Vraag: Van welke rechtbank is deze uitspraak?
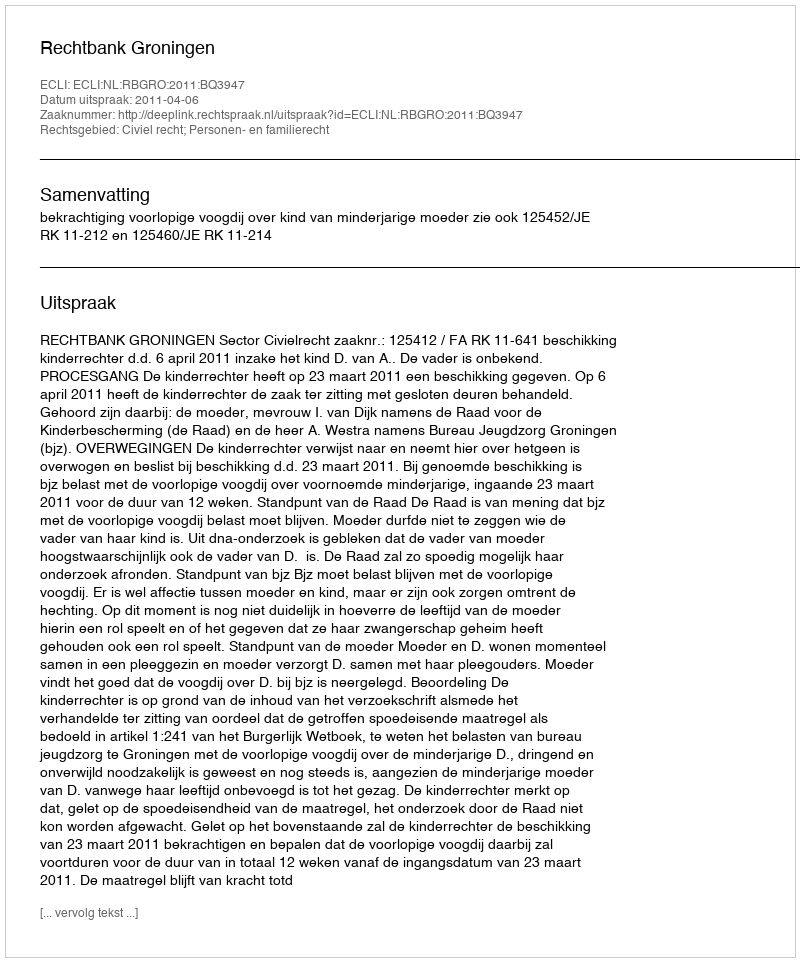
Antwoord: Rechtbank Groningen